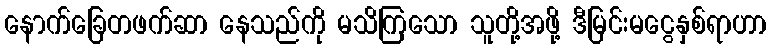
နောက်ခြေတဖက်ဆာ နေသည်ကို မသိကြသော သူတို့အဖို့ ဒီမြင်းမငွေနှစ်ရာဟာ